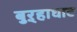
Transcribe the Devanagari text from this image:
बुऱ्हाघाट